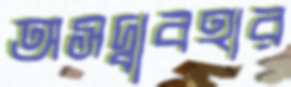
অসদ্ব্যবহার